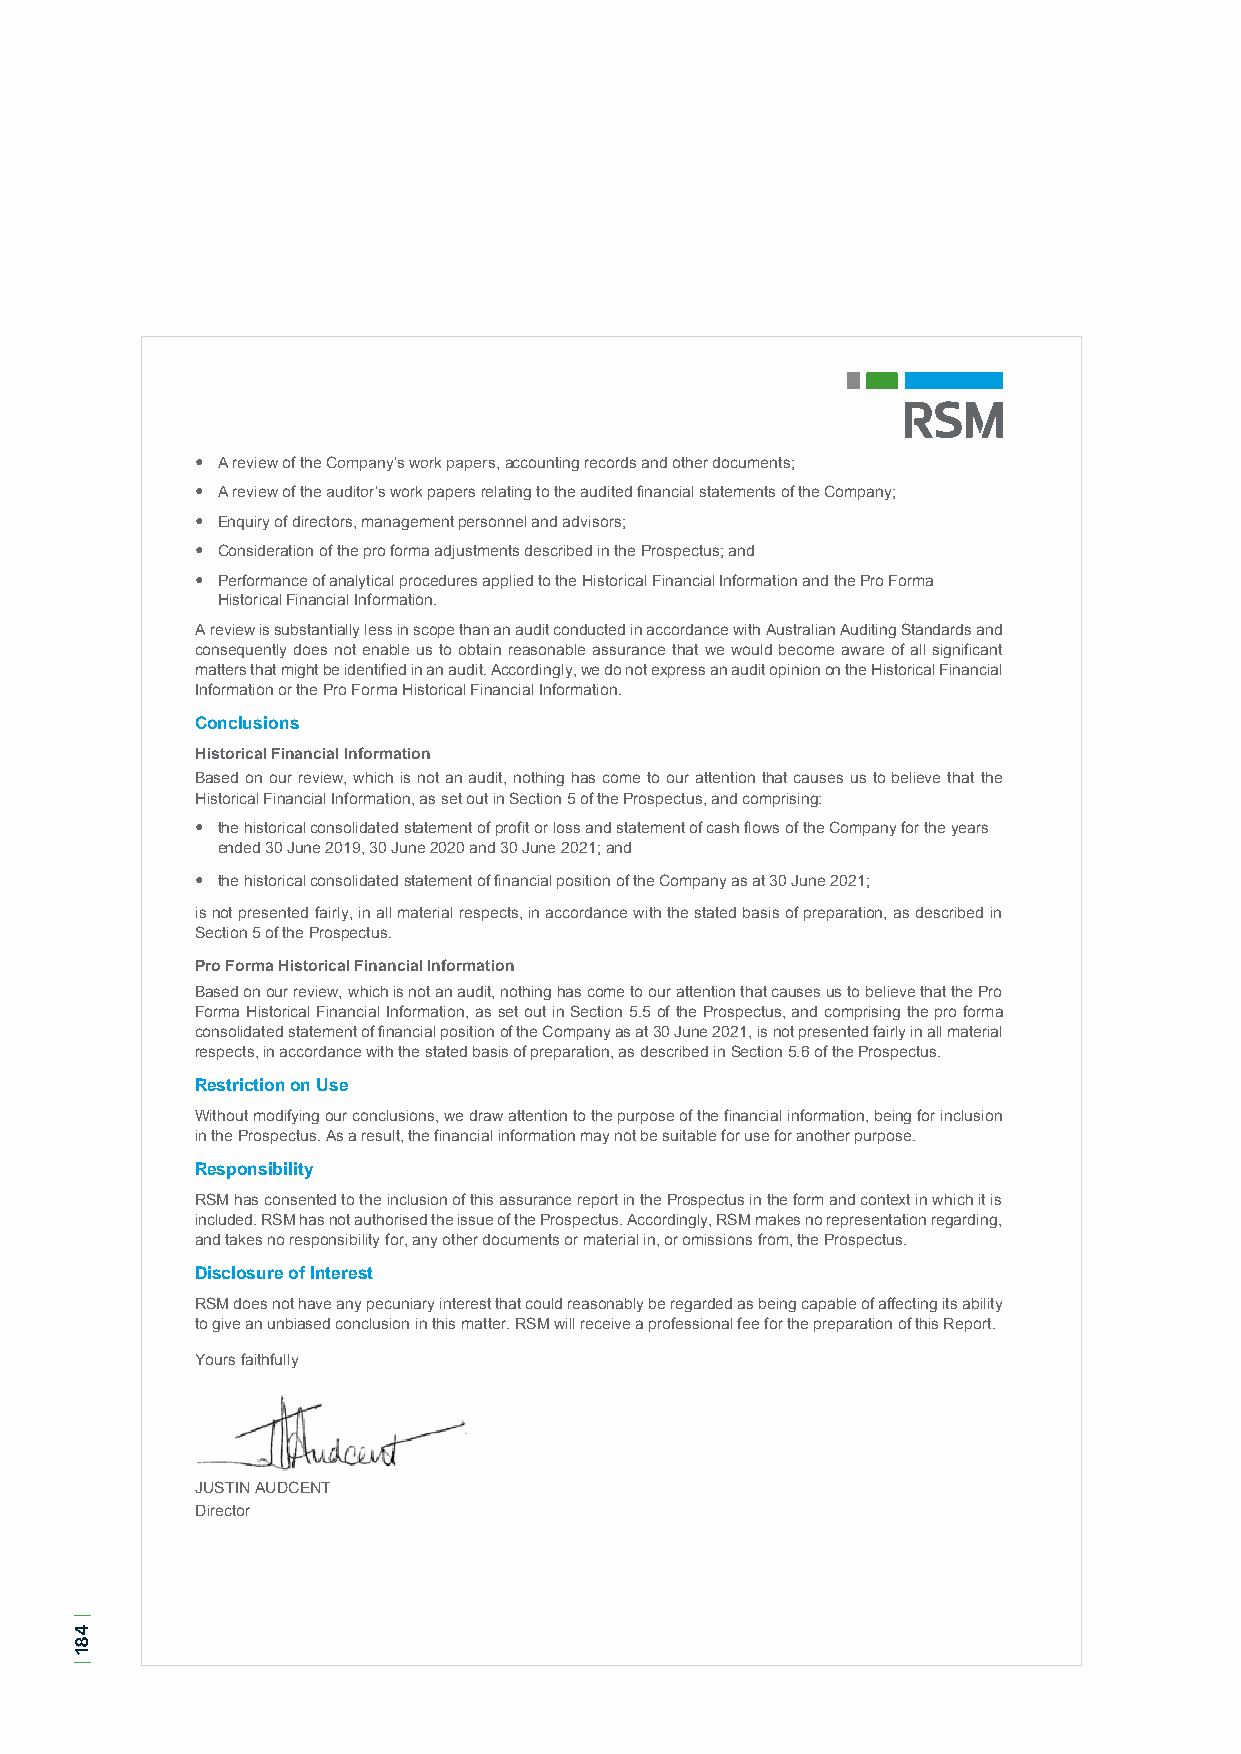
 A review of the Company’s work papers, accounting records and other documents;
  A review of the auditor’s work papers relating to the audited financial statements of the Company;
  Enquiry of directors, management personnel and advisors;
  Consideration of the pro forma adjustments described in the Prospectus; and
  Performance of analytical procedures applied to the Historical Financial Information and the Pro Forma
 Historical Financial Information.
 A review is substantially less in scope than an audit conducted in accordance with Australian Auditing Standards and
 consequently does not enable us to obtain reasonable assurance that we would become aware of all significant
 matters that might be identified in an audit. Accordingly, we do not express an audit opinion on the Historical Financial
 Information or the Pro Forma Historical Financial Information.
 Conclusions
 Historical Financial Information
 Based on our review, which is not an audit, nothing has come to our attention that causes us to believe that the
 Historical Financial Information, as set out in Section 5 of the Prospectus, and comprising:
  the historical consolidated statement of profit or loss and statement of cash flows of the Company for the years
 ended 30 June 2019, 30 June 2020 and 30 June 2021; and
  the historical consolidated statement of financial position of the Company as at 30 June 2021;
 is not presented fairly, in all material respects, in accordance with the stated basis of preparation, as described in
 Section 5 of the Prospectus.
 Pro Forma Historical Financial Information
 Based on our review, which is not an audit, nothing has come to our attention that causes us to believe that the Pro
 Forma Historical Financial Information, as set out in Section 5.5 of the Prospectus, and comprising the pro forma
 consolidated statement of financial position of the Company as at 30 June 2021, is not presented fairly in all material
 respects, in accordance with the stated basis of preparation, as described in Section 5.6 of the Prospectus.
 Restriction on Use
 Without modifying our conclusions, we draw attention to the purpose of the financial information, being for inclusion
 in the Prospectus. As a result, the financial information may not be suitable for use for another purpose.
 Responsibility
 RSM has consented to the inclusion of this assurance report in the Prospectus in the form and context in which it is
 included. RSM has not authorised the issue of the Prospectus. Accordingly, RSM makes no representation regarding,
 and takes no responsibility for, any other documents or material in, or omissions from, the Prospectus.
 Disclosure of Interest
 RSM does not have any pecuniary interest that could reasonably be regarded as being capable of affecting its ability
 to give an unbiased conclusion in this matter. RSM will receive a professional fee for the preparation of this Report.
 Yours faithfully
 JUSTIN AUDCENT
 Director
 |
 481
 |